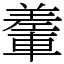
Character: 䡨